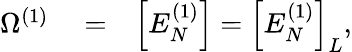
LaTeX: \begin{array}{rlr}{\Omega^{(1)}}&{{}=}&{\Big[E_{N}^{(1)}\Big]=\Big[E_{N}^{(1)}\Big]_{L},}\end{array}